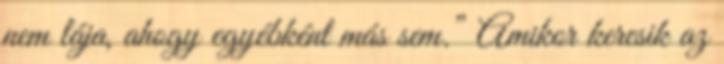
nem lája, ahogy egyébként más sem.” Amikor keresik az